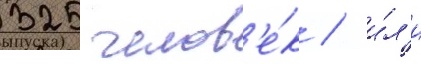
325 челов'е́к / и́л'и